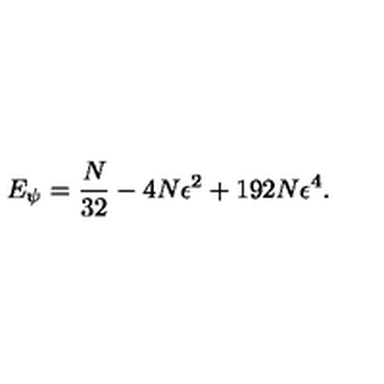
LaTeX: E _ { \psi } = \frac { N } { 3 2 } - 4 N \epsilon ^ { 2 } + 1 9 2 N \epsilon ^ { 4 } .